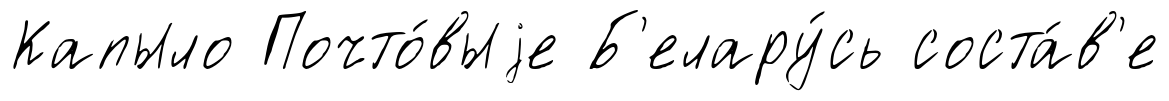
Капыло Почто́выjе Б'елару́сь соста́в'е